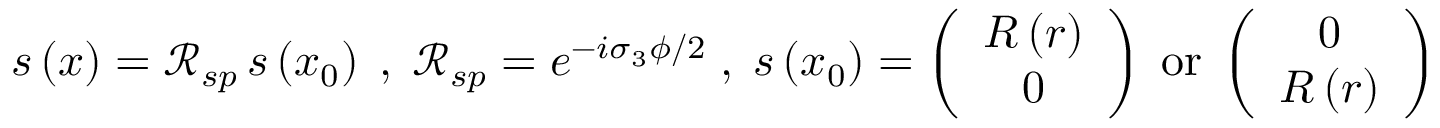
\begin{array} { r } { s \left( \boldsymbol { x } \right) = \mathcal { R } _ { s p } \, s \left( \boldsymbol { x } _ { 0 } \right) \; , \; \mathcal { R } _ { s p } = e ^ { - i \sigma _ { 3 } \phi / 2 } \; , \; s \left( \boldsymbol { x } _ { 0 } \right) = \left( \begin{array} { c } { R \left( r \right) } \\ { 0 } \end{array} \right) \; \mathrm { o r } \; \left( \begin{array} { c } { 0 } \\ { R \left( r \right) } \end{array} \right) } \end{array}